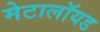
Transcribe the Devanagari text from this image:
मेटालॉयड